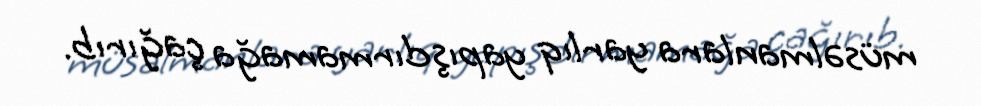
müsəlmanlara yarlıq yapışdırmamağa çağırıb.